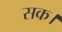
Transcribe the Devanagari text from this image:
सक।